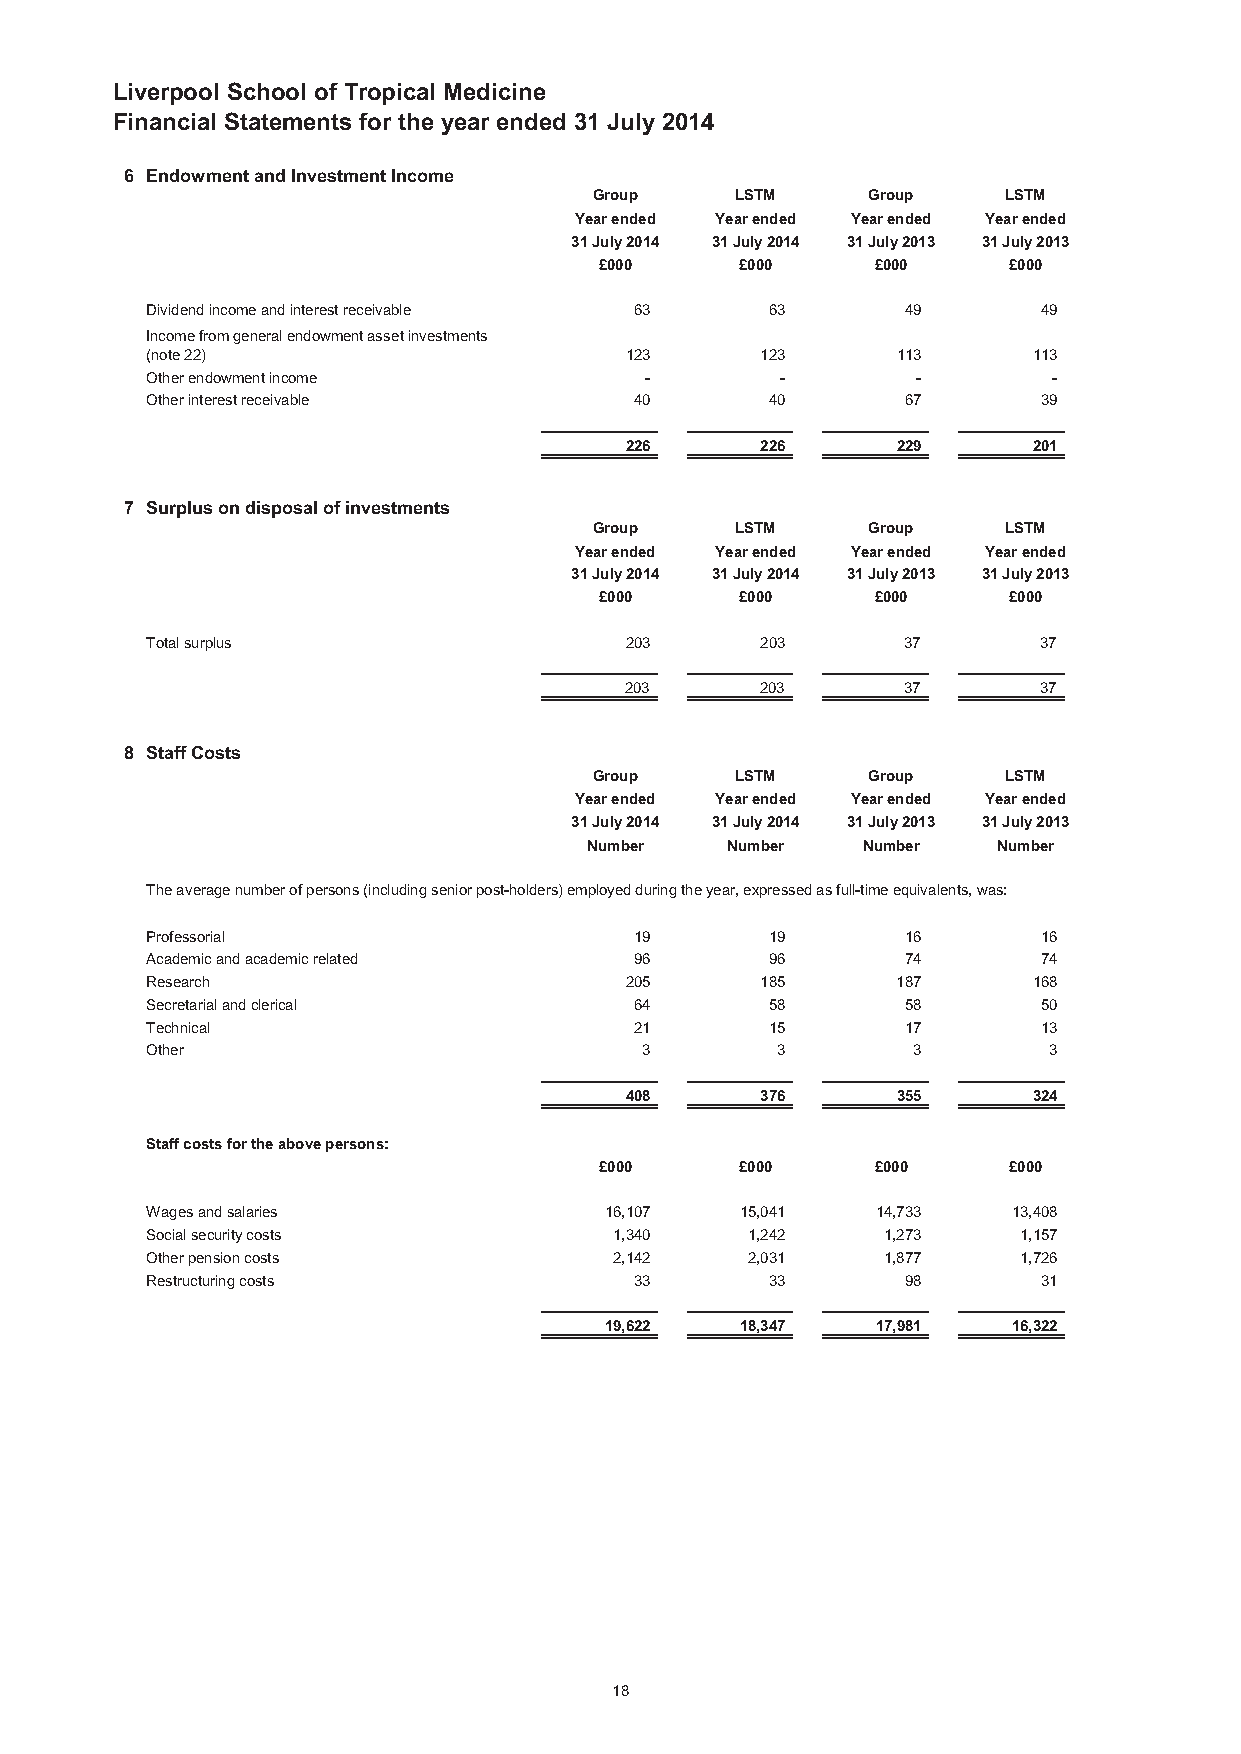
Liverpool School of Tropical Medicine
 Financial Statements for the year ended 31 July 2014
 6 Endowment and Investment Income
 Group     LSTM    Group    LSTM
 Year ended Year ended Year ended Year ended
 31 July 2014 31 July 2014 31 July 2013 31 July 2013
 £000     £000     £000     £000
 Dividend income and interest receivable 63 63     49       49
 Income from general endowment asset investments
 (note 22)                      123      123      113      113
 Other endowment income           -        -        -        -
 Other interest receivable       40       40       67       39
 226      226      229      201
 7 Surplus on disposal of investments
 Group     LSTM    Group    LSTM
 Year ended Year ended Year ended Year ended
 31 July 2014 31 July 2014 31 July 2013 31 July 2013
 £000     £000     £000     £000
 Total surplus                  203      203       37       37
 203      203       37       37
 8 Staff Costs
 Group     LSTM    Group    LSTM
 Year ended Year ended Year ended Year ended
 31 July 2014 31 July 2014 31 July 2013 31 July 2013
 Number   Number   Number   Number
 The average number of persons (including senior post-holders) employed during the year, expressed as full-time equivalents, was:
 Professorial                    19       19       16       16
 Academic and academic related   96       96       74       74
 Research                       205      185      187      168
 Secretarial and clerical        64       58       58       50
 Technical                       21       15       17       13
 Other                           3        3        3        3
 408      376      355      324
 Staff costs for the above persons:
 £000     £000     £000     £000
 Wages and salaries            16,107   15,041   14,733   13,408
 Social security costs          1,340   1,242    1,273    1,157
 Other pension costs            2,142   2,031    1,877    1,726
 Restructuring costs             33       33       98       31
 19,622   18,347   17,981   16,322
 18